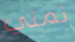
نمتي